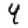
Digit: 4